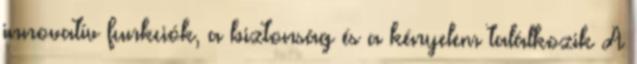
innovatív funkciók, a biztonság és a kényelem találkozik A